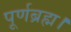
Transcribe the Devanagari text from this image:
पूर्णब्रह्म।